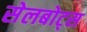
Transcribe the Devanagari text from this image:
सेलबोट्स